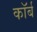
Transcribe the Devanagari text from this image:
कॉर्ब